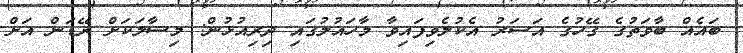
ބައެއް ބާވަތުގެ ގޭހުގެ އަސަރު އެކުލެވިފައިވާ މާހައުލުގައި ދިރިއުޅުން: މިސާލަކަށް ރޭޑަން އަށް